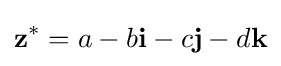
\mathbf {z} ^{*}=a-b\mathbf {i} -c\mathbf {j} -d\mathbf {k}